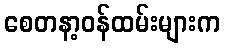
စေတနာ့ဝန်ထမ်းများက